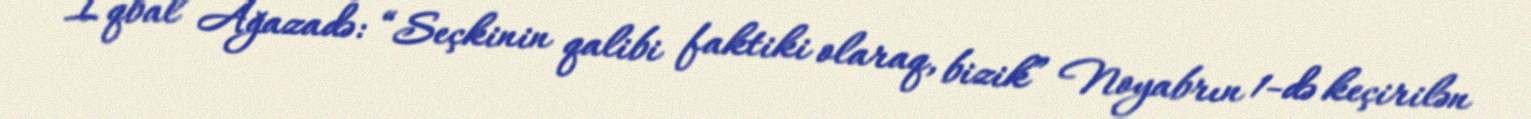
İqbal Ağazadə: “Seçkinin qalibi faktiki olaraq, bizik” Noyabrın 1-də keçirilən